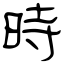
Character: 時